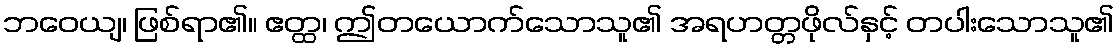
ဘဝေယျ၊ ဖြစ်ရာ၏။ ဧတ္ထ၊ ဤတယောက်သောသူ၏ အရဟတ္တဖိုလ်နှင့် တပါးသောသူ၏